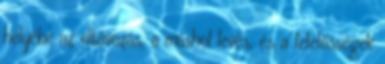
helyébe az eltávozás, a máshol levés, és a felelősségek